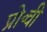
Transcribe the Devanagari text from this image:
प्रो॰वी